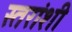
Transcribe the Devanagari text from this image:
स्तरांशी